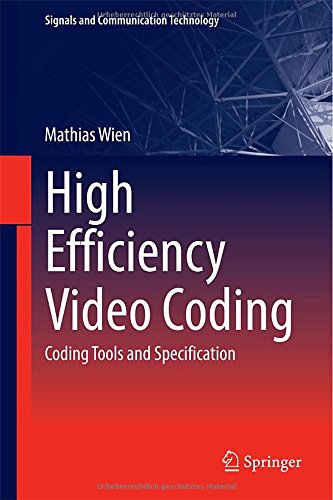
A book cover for High Efficiency Video Coding: Coding Tools and Specification (Signals and Communication Technology); Mathias Wien; Computers & Technology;